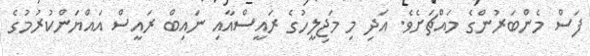
ފަސް މެންބަރުންގެ މައްޗަށެވެ. އަދި މި މަޖިލީހުގެ ރައީސްއާއި ނައިބް ރައީސް އައްޔަންކުރުމުގެ